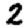
Digit: 2